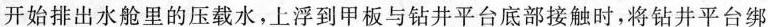
开始排出水舱里的压载水，上浮到甲板与钻井平台底部接触时，将钻井平台绑